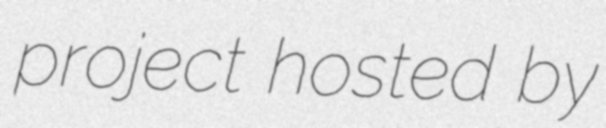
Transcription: project hosted by